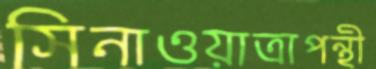
সিনাওয়াত্রাপন্থী